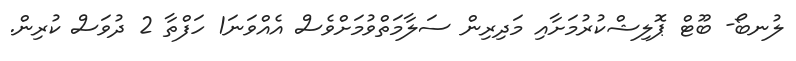
ލުނބޯ- ބޫޓް ޕޮލިޝްކުރުމަށާއި މަދިރިން ސަލާމަތްވުމަށްވެސް އެއްވަނަ1 ހަފްތާ 2 ދުވަސް ކުރިން.